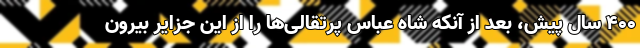
۴۰۰ سال پیش، بعد از آنکه شاه عباس پرتقالی‌ها را از این جزایر بیرون